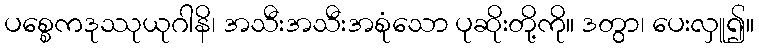
ပစ္စေကဒုဿုယုဂါနိ၊ အသီးအသီးအစုံသော ပုဆိုးတို့ကို။ ဒတွာ၊ ပေးလှူ၍။